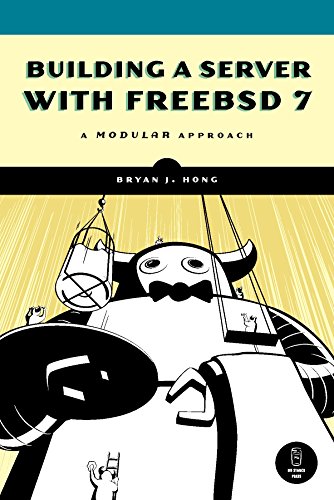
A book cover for Building a Server with FreeBSD 7; Bryan J. Hong; Computers & Technology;